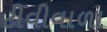
ટીવીવાળા